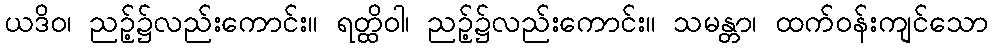
ယဒိဝ၊ ညဉ့်၌လည်းကောင်း။ ရတ္ထိဝါ၊ ညဉ့်၌လည်းကောင်း။ သမန္တာ၊ ထက်ဝန်းကျင်သော